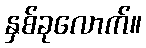
နှစ်ခုလောက်။